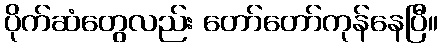
ပိုက်ဆံတွေလည်း တော်တော်ကုန်နေပြီ။